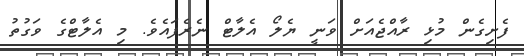
ފެށިގެން މުޅި ރާއްޖެއަށް ވަނީ ޔެލޯ އެލާޓް ނެރެފައެވެ. މި އެލާޓްގެ ވަގުތު